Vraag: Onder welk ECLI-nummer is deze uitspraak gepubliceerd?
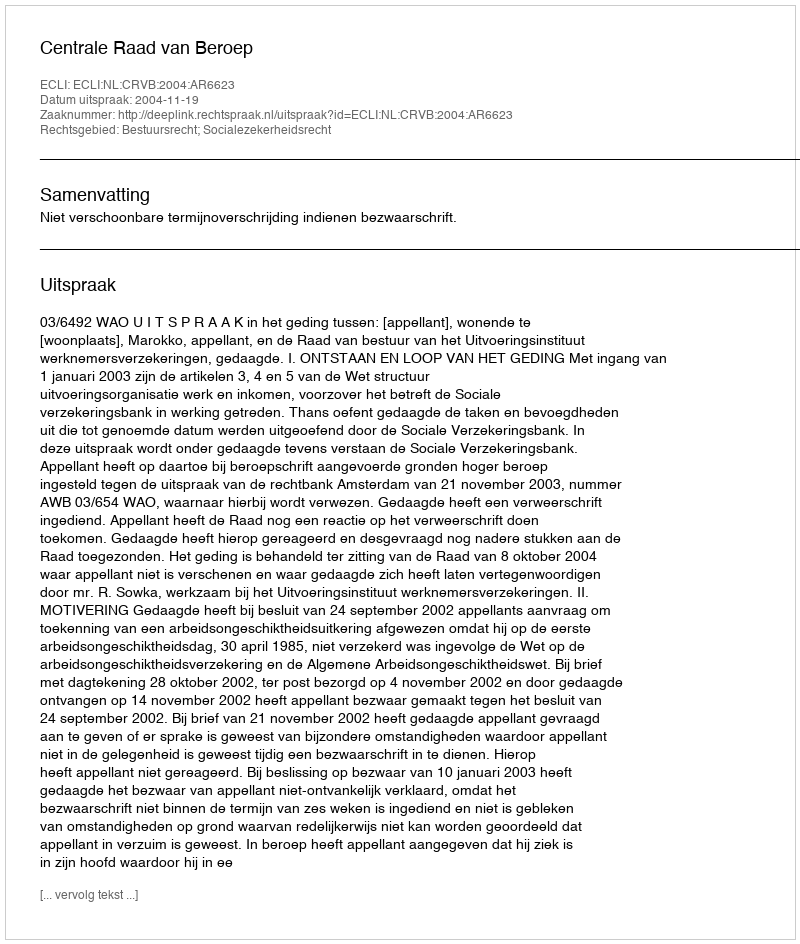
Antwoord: ECLI:NL:CRVB:2004:AR6623